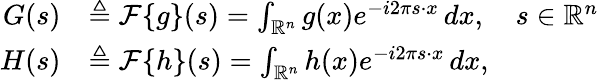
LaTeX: {\begin{array}{rl}{G(s)}&{\triangleq{\mathcal{F}}\{ g\} (s)=\int_{\mathbb{R}^{n}}g(x)e^{-i2\pi s\cdot x}\, dx,\quad s\in\mathbb{R}^{n}}\\ {H(s)}&{\triangleq{\mathcal{F}}\{ h\} (s)=\int_{\mathbb{R}^{n}}h(x)e^{-i2\pi s\cdot x}\, dx,}\end{array}}